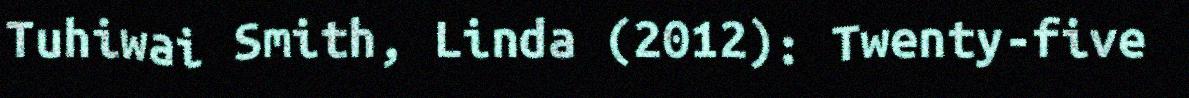
Tuhiwai Smith, Linda (2012): Twenty-five